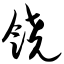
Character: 饶